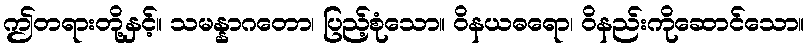
ဤတရားတို့နှင့်။ သမန္နာဂတော၊ ပြည့်စုံသော။ ဝိနယဓရော၊ ဝိနည်းကိုဆောင်သော။